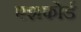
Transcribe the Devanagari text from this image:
एशफोर्ड